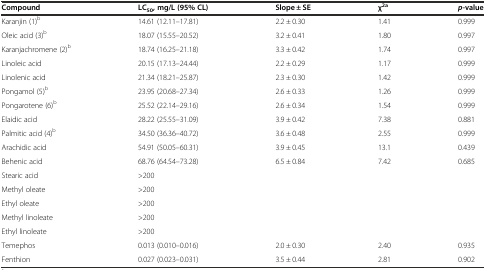
<table><thead><tr><td><b>Compound</b></td><td><b>LC<sub>50</sub>, mg/L (95% CL)</b></td><td><b>Slope ± SE</b></td><td><b>χ<sup>2a</sup></b></td><td><b><i>p</i>-value</b></td></tr></thead><tbody><tr><td>Karanjin (1)<sup>b</sup></td><td>14.61 (12.11–17.81)</td><td>2.2 ± 0.30</td><td>1.41</td><td>0.999</td></tr><tr><td>Oleic acid (3)<sup>b</sup></td><td>18.07 (15.55–20.52)</td><td>3.2 ± 0.41</td><td>1.80</td><td>0.997</td></tr><tr><td>Karanjachromene (2)<sup>b</sup></td><td>18.74 (16.25–21.18)</td><td>3.3 ± 0.42</td><td>1.74</td><td>0.997</td></tr><tr><td>Linoleic acid</td><td>20.15 (17.13–24.44)</td><td>2.2 ± 0.29</td><td>1.17</td><td>0.999</td></tr><tr><td>Linolenic acid</td><td>21.34 (18.21–25.87)</td><td>2.3 ± 0.30</td><td>1.42</td><td>0.999</td></tr><tr><td>Pongamol (5)<sup>b</sup></td><td>23.95 (20.68–27.34)</td><td>2.6 ± 0.33</td><td>1.26</td><td>0.999</td></tr><tr><td>Pongarotene (6)<sup>b</sup></td><td>25.52 (22.14–29.16)</td><td>2.6 ± 0.34</td><td>1.54</td><td>0.999</td></tr><tr><td>Elaidic acid</td><td>28.22 (25.55–31.09)</td><td>3.9 ± 0.42</td><td>7.38</td><td>0.881</td></tr><tr><td>Palmitic acid (4)<sup>b</sup></td><td>34.50 (36.36–40.72)</td><td>3.6 ± 0.48</td><td>2.55</td><td>0.999</td></tr><tr><td>Arachidic acid</td><td>54.91 (50.05–60.31)</td><td>3.9 ± 0.45</td><td>13.1</td><td>0.439</td></tr><tr><td>Behenic acid</td><td>68.76 (64.54–73.28)</td><td>6.5 ± 0.84</td><td>7.42</td><td>0.685</td></tr><tr><td>Stearic acid</td><td>&gt;200</td><td></td><td></td><td></td></tr><tr><td>Methyl oleate</td><td>&gt;200</td><td></td><td></td><td></td></tr><tr><td>Ethyl oleate</td><td>&gt;200</td><td></td><td></td><td></td></tr><tr><td>Methyl linoleate</td><td>&gt;200</td><td></td><td></td><td></td></tr><tr><td>Ethyl linoleate</td><td>&gt;200</td><td></td><td></td><td></td></tr><tr><td>Temephos</td><td>0.013 (0.010–0.016)</td><td>2.0 ± 0.30</td><td>2.40</td><td>0.935</td></tr><tr><td>Fenthion</td><td>0.027 (0.023–0.031)</td><td>3.5 ± 0.44</td><td>2.81</td><td>0.902</td></tr></tbody></table>